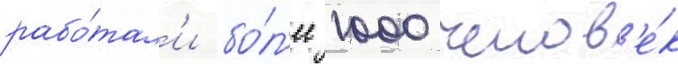
рабо́тал'и бо́л'ее 1000 челов'е́к